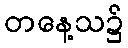
တနေ့သ၌